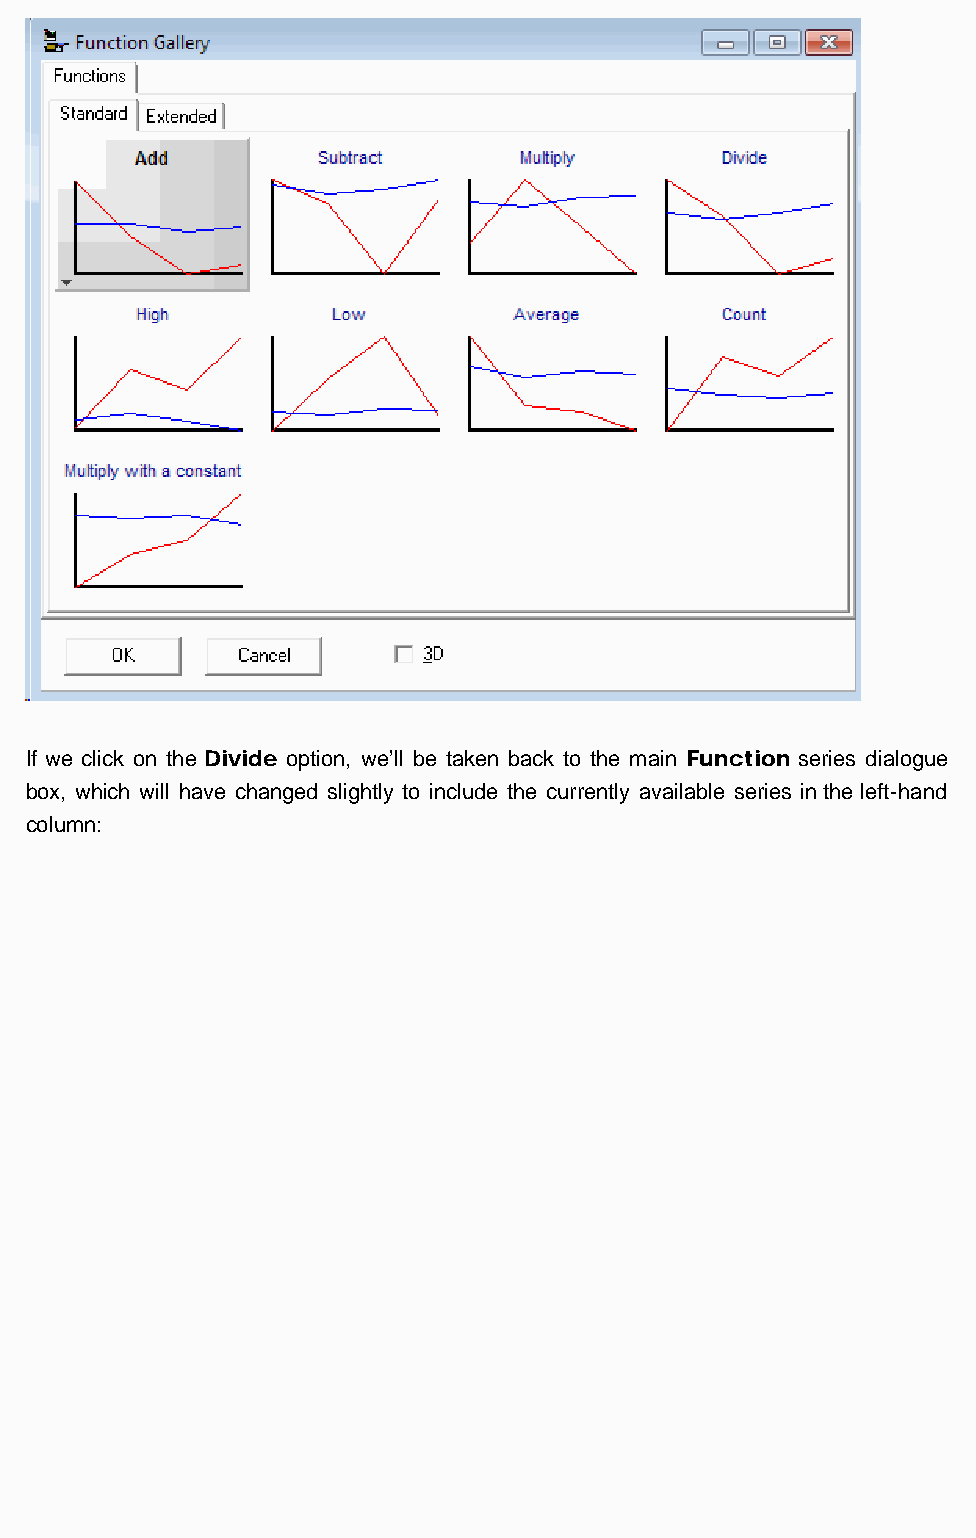
The BioWin Advantage
 If we click on the Divide option, we’ll be taken back to the main Function series dialogue
 box, which will have changed slightly to include the currently available series in the left-hand
 column:
 http://us2.campaign-archive1.com/?u=fe20f7a27093b494aa30c4ba6&id=006345251b&e=[UNIQID][27/04/2012 9:38:34 AM]